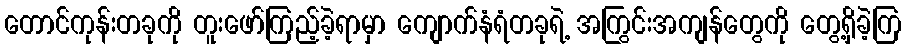
တောင်ကုန်းတခုကို တူးဖော်ကြည့်ခဲ့ရာမှာ ကျောက်နံရံတခုရဲ့ အကြွင်းအကျန်တွေကို တွေ့ရှိခဲ့ကြ